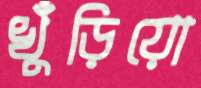
খুঁড়িয়ো